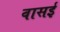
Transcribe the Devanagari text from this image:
वासई